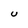
Character: U